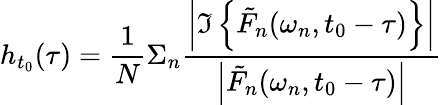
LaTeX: h_{t_{0}}(\tau)=\frac{1}{N}\Sigma_{n}\frac{\left|\Im\left\{ \tilde{F}_{n}(\omega_{n},t_{0}-\tau)\right\} \right|}{\left|\tilde{F}_{n}(\omega_{n},t_{0}-\tau)\right|}